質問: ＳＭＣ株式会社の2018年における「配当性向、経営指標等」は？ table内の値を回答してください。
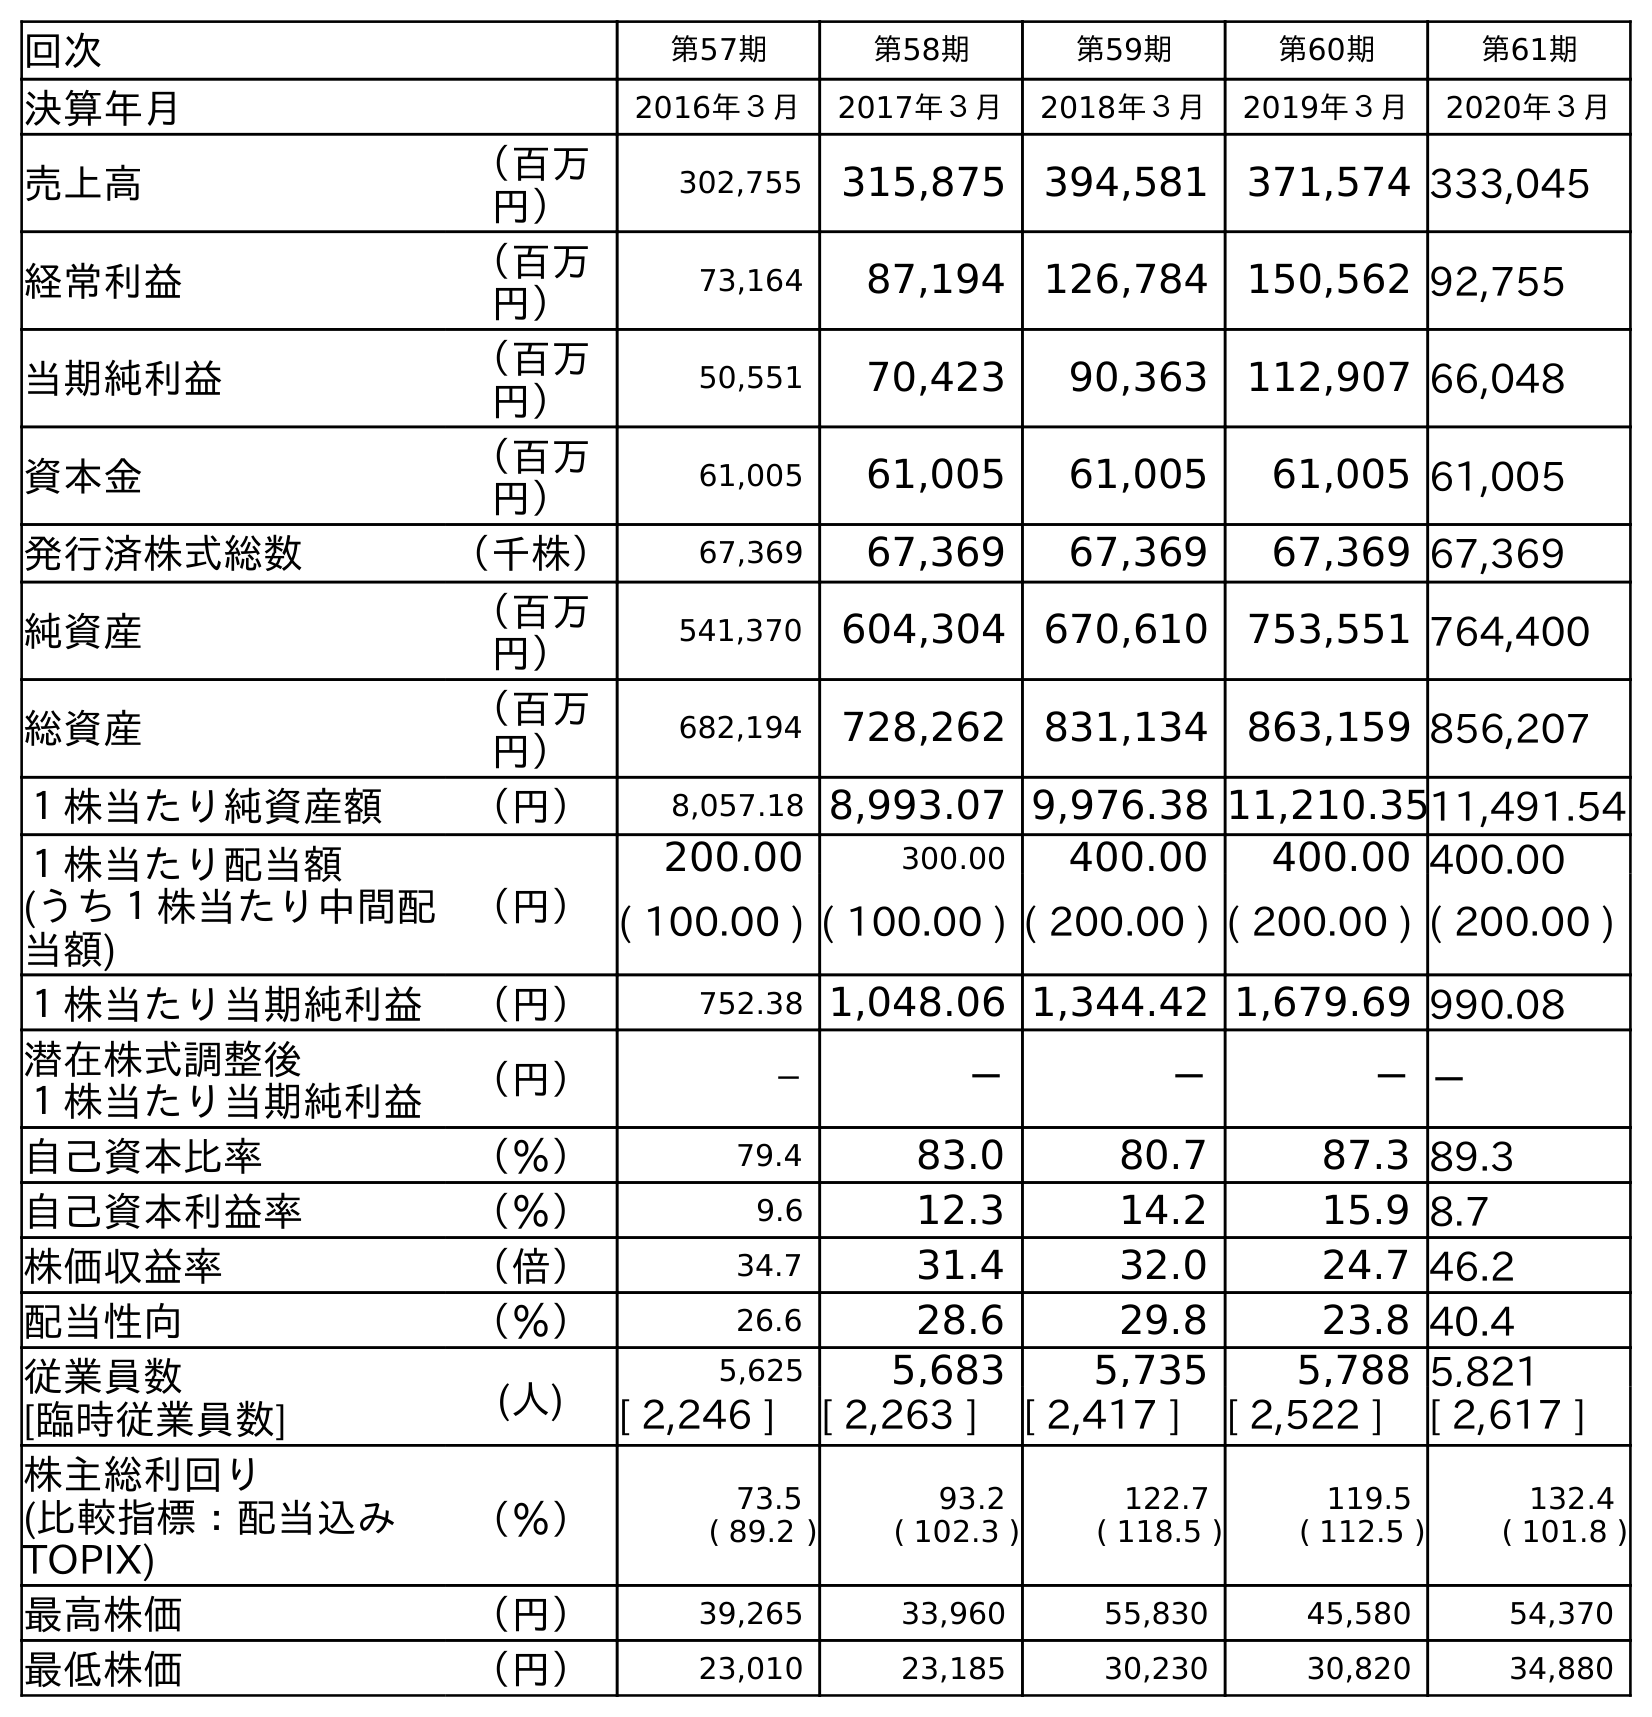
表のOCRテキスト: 回次 第57期 第58期 第59期 第60期 第61期 決算年月 2016年３月 2017年３月 2018年３月 2019年３月 2020年３月 売上高 （百万 円） 302,755 315,875 394,581 371,574 333,045 経常利益 （百万 円） 73,164 87,194 126,784 150,562 92,755 当期純利益 （百万 円） 50,551 70,423 90,363 112,907 66,048 資本金 （百万 円） 61,005 61,005 61,005 61,005 61,005 発行済株式総数 （千株） 67,369 67,369 67,369 67,369 67,369 純資産 （百万 円） 541,370 604,304 670,610 753,551 764,400 総資産 （百万 円） 682,194 728,262 831,134 863,159 856,207 １株当たり純資産額 （円） 8,057.18 8,993.07 9,976.38 11,210.3511,491.54 １株当たり配当額 (うち１株当たり中間配 当額) （円） 200.00 300.00 400.00 400.00 400.00 ( 100.00 ) ( 100.00 ) ( 200.00 ) ( 200.00 ) ( 200.00 ) １株当たり当期純利益 （円） 752.38 1,048.06 1,344.42 1,679.69 990.08 潜在株式調整後 １株当たり当期純利益 （円） － － － －－ 自己資本比率 （％） 79.4 83.0 80.7 87.3 89.3 自己資本利益率 （％） 9.6 12.3 14.2 15.9 8.7 株価収益率 （倍） 34.7 31.4 32.0 24.7 46.2 配当性向 （％） 26.6 28.6 29.8 23.8 40.4 従業員数 [臨時従業員数] (人) 5,625 5,683 5,735 5,788 5,821 [ 2,246 ] [ 2,263 ] [ 2,417 ] [ 2,522 ] [ 2,617 ] 株主総利回り (比較指標：配当込み TOPIX) （％） 73.5 ( 89.2 ) 93.2 ( 102.3 ) 122.7 ( 118.5 ) 119.5 ( 112.5 ) 132.4 ( 101.8 ) 最高株価 （円） 39,265 33,960 55,830 45,580 54,370 最低株価 （円） 23,010 23,185 30,230 30,820 34,880
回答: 29.8